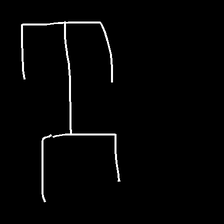
Glyph: entwine